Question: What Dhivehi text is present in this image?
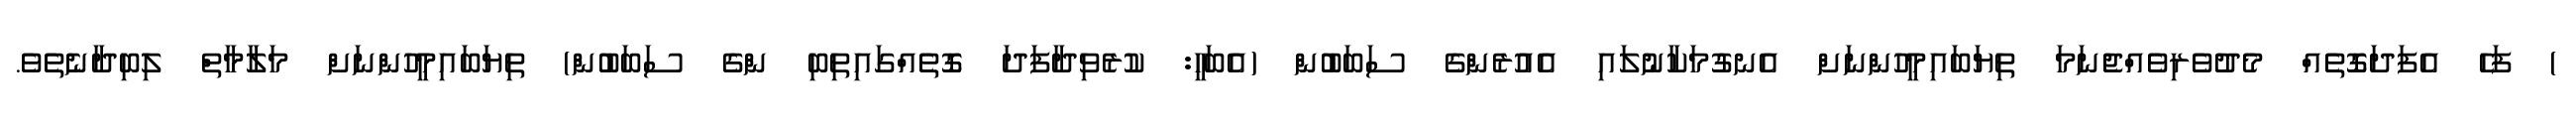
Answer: ) ފަހެ އެފަދަގޮތެއް މެދުވެރިވެއްޖެނަމަ ތިޔަބައިމީހުންނަށް އެނގުމަކާނުލައި އެއުރެންގެ ސަބަބުން (އެބަހީ: ކުރެވިދާފަދަ ގޮތެއްގައިތިބި ންގެ ސަބަބުން) ތިޔަބައިމީހުންނަށް މަލާމާތް ލިބިދާނެތެވެ.